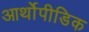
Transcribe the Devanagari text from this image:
आर्थोपीडिक